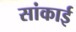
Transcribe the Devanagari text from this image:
सांकाई